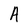
Character: A